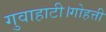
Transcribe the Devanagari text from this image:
गुवाहाटी।गोहत्ती